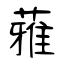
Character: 蕥